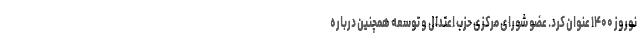
نوروز ۱۴۰۰ عنوان کرد. عضو شورای مرکزی حزب اعتدال و توسعه همچنین درباره